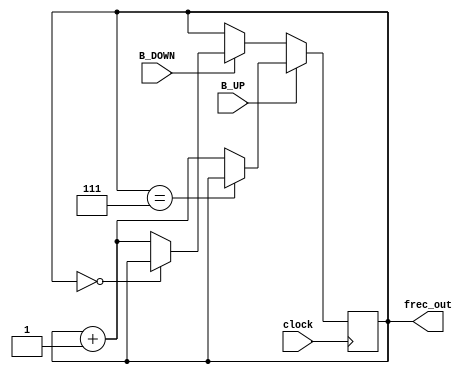
module FrecAD(
    //input reset, // entrada de reset
    output [2:0] frec_out, // frecuencia de salida al selector del mux
    input clock, // seal de reloj
    input B_UP, // boton de aumento
    input B_DOWN //boton de disminucin
    );
reg [2:0] frec_out; //se define un reg para actualizar las cuentas
initial
begin
frec_out<=3'b0;
end

always @(posedge clock)//en cada flanco positivo de reloj
//if (reset)//si reset en alto
//begin
//frec_out<=3'b0;//frec_out se inicia en cero
//end
if (B_UP)
         if (frec_out==3'b111)
				frec_out<=frec_out;
			else
				frec_out <= frec_out + 1;
else 
	if (B_DOWN)
				if (frec_out==3'b0) 
					frec_out<=frec_out;
				else
					frec_out <= frec_out + 1;
endmodule